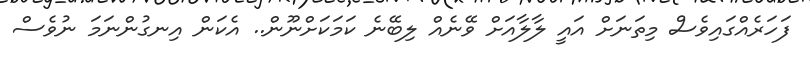
ފަހަރެއްގައިވެސް މިތަނަށް އައީ ލާލާއަށް ވޭނެއް ލިބޭނެ ކަމަކަށްނޫން.. އެކަން އިނގުންނަމަ ނުވެސް